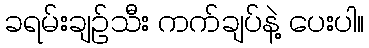
ခရမ်းချဉ်သီး ကက်ချပ်နဲ့ ပေးပါ။